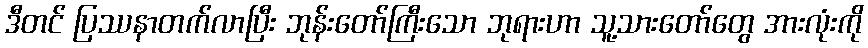
ဒီတင် ပြဿနာတက်လာပြီး ဘုန်းတော်ကြီးသော ဘုရားဟာ သူ့သားတော်တွေ အားလုံးကို